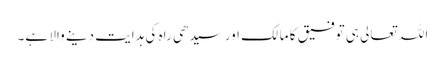
اللہ تعالی ہی توفیق کا مالک اور سیدھی راہ کی ہدایت دینے والا ہے۔